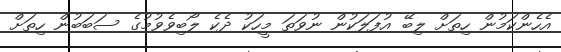
އެހެންކަމުން ހިތަށް ލިބޭ އުފަލަކުން ނުވަތަ މީހަކު ދެކެ ލޯބިވެވުމުގެ ސަބަބުން ހިތަށް